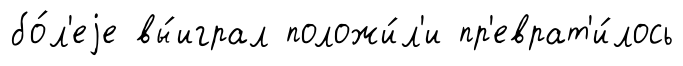
бо́л'еjе вы́играл положи́л'и пр'еврат'и́лось